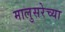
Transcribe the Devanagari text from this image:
मालुसरेच्या